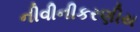
નીવીનીકરણીય